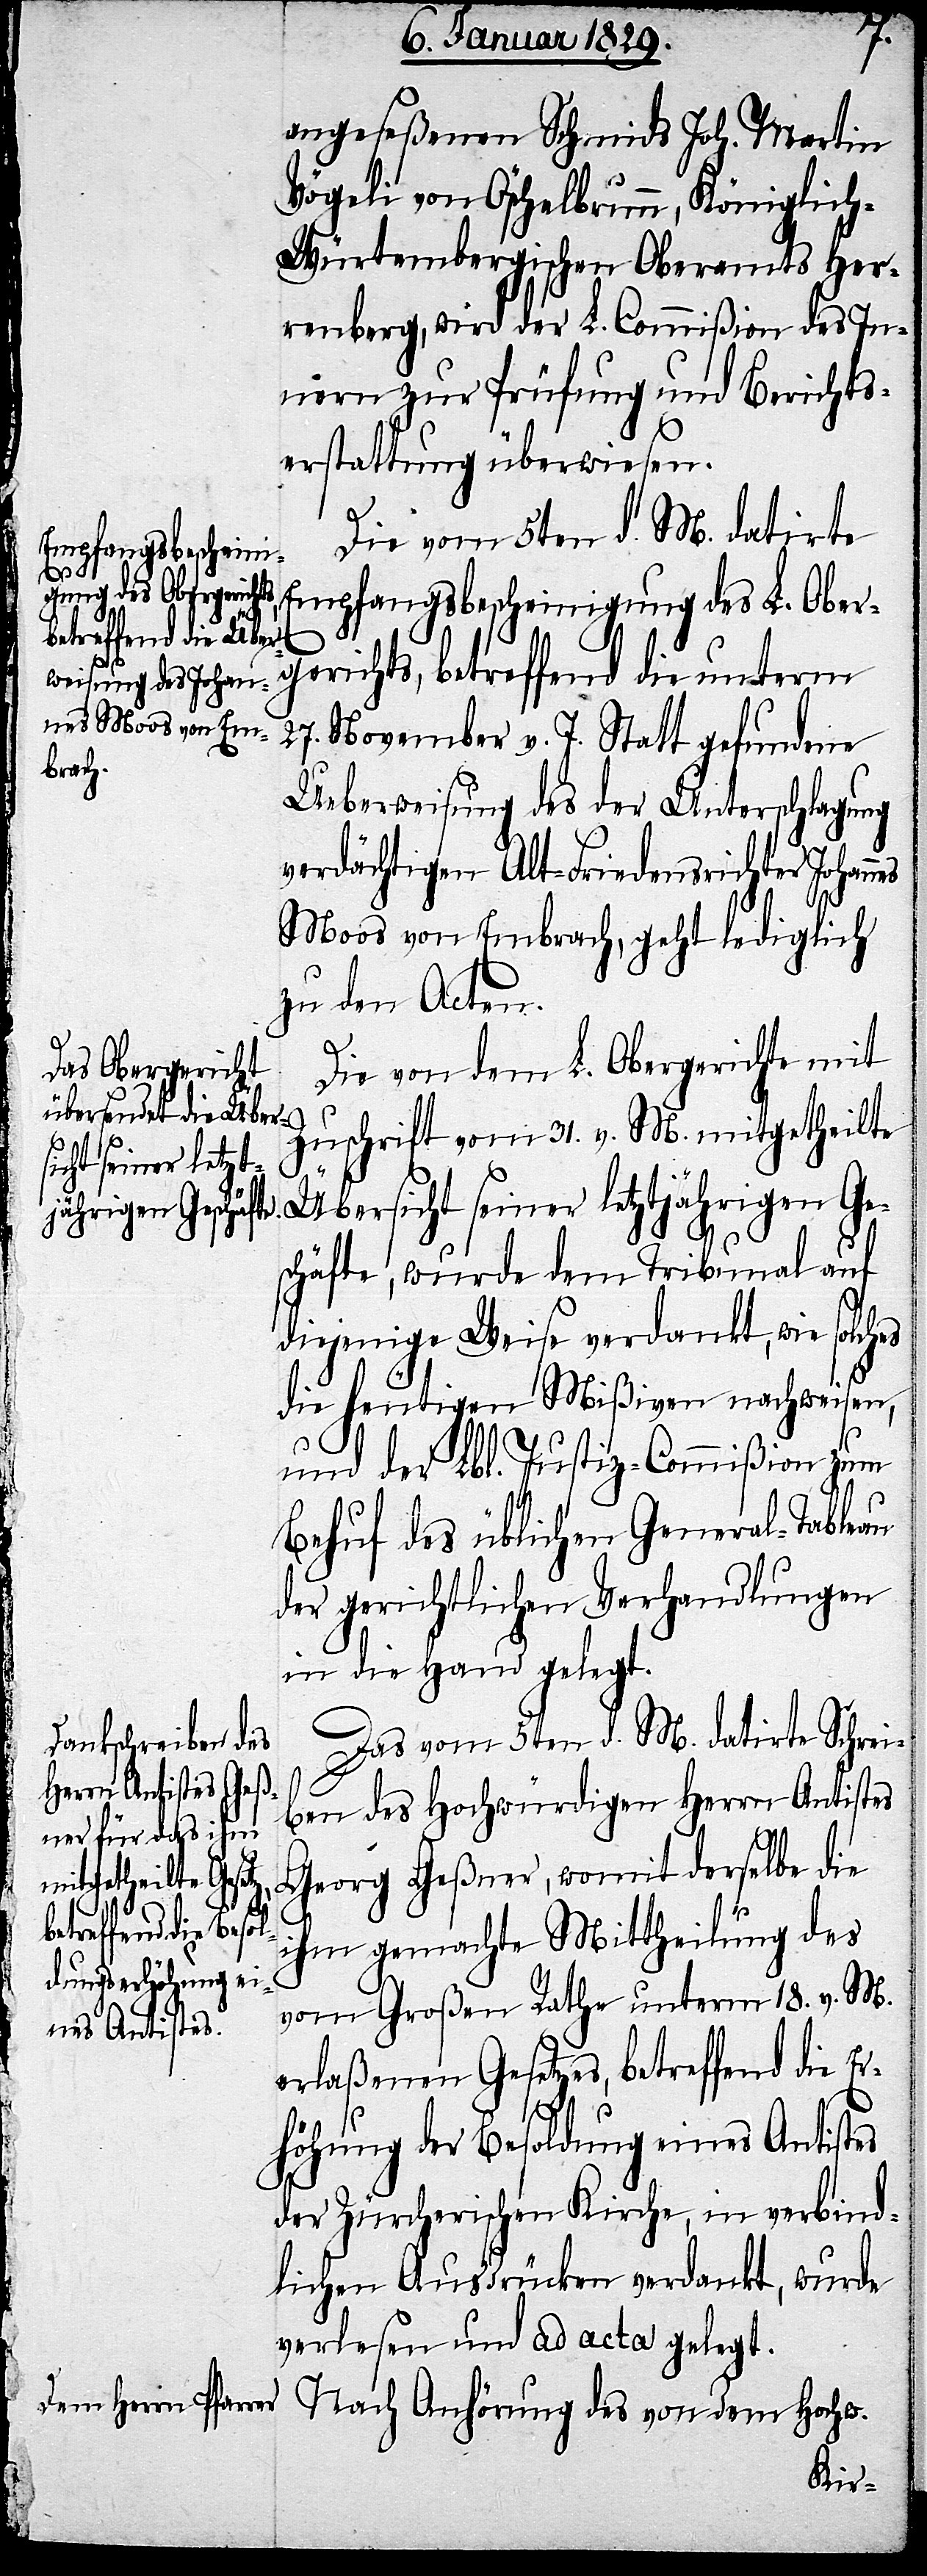
angeseßenen Schmids Joh. Martin
Vögeli von Öschelbrunn, Königlic¬
h-Würtembergischen Oberamts Her¬
renberg, wird der L. Commißion des In¬
nern zur Prüfung und Bericht¬
erstattung überwiesen.
Die vom 5ten d. M. datirte
Empfangsbescheinigung des L. Ober¬
gerichts, betreffend die unterm
27. November v. J. Statt gefundene
Überweisung des der Unterschlagung
verdächtigten Alt-Friedensrichter Johan¬
Moos von Embrach, geht lediglich
zu den Acten.
Die von dem L. Obergerichte mit
Zuschrift vom 31. v. M. mitgetheilte
sicht seiner let¬
schäfte, wurde dem Tribunal auf
diejenige Weise verdankt, wie solches
die heutigen Mißiven nachweisen,
und der Lbl. Justiz-Commißion zum
Behuf des üblichen General-Tableau
der gerichtlichen Verhandlungen
in die Hand gelegt.
Das vom 5ten d. M. datirte Schrei¬
ben des Hochwürdigen Herrn Antistes
Georg Geßner, womit derselbe die
ztjährigen Ge¬
ihm gemachte Mittheilung des
vom Großen Rathe unterm 18. v. M.
erlaßenen Gesetzes, betreffend die Er¬
nes
höhung der Besoldung eines Antistes
der Zürcherischen Kirche, in verbind¬
lichen Ausdrücken verdankt, wurde
verlesen und ad acta gelegt.
Nach Anhörung des von dem Hochw.
Über¬